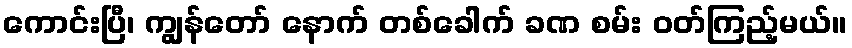
ကောင်းပြီ၊ ကျွန်တော် နောက် တစ်ခေါက် ခဏ စမ်း ဝတ်ကြည့်မယ်။